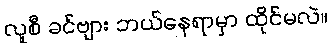
လူစီ ခင်ဗျား ဘယ်နေရာမှာ ထိုင်မလဲ။